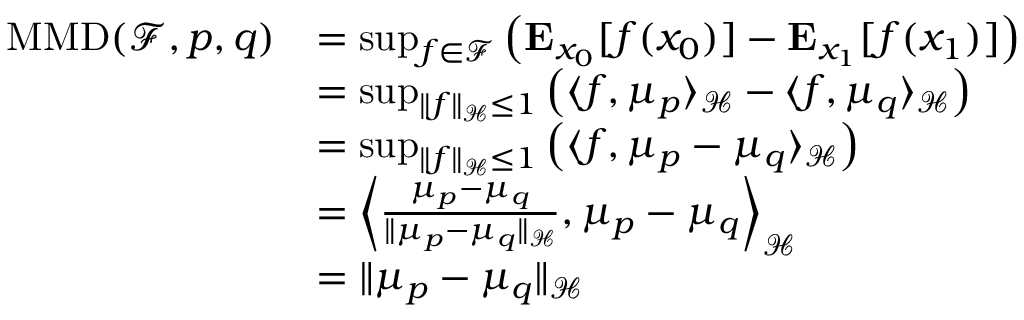
\begin{array} { r l } { \mathrm { M M D } ( \mathcal { F } , p , q ) } & { = \operatorname* { s u p } _ { f \in \mathcal { F } } \left( \mathbf { E } _ { x _ { 0 } } [ f ( x _ { 0 } ) ] - \mathbf { E } _ { x _ { 1 } } [ f ( x _ { 1 } ) ] \right) } \\ & { = \operatorname* { s u p } _ { \| f \| _ { \mathcal { H } } \leq 1 } \left( \langle f , \mu _ { p } \rangle _ { \mathcal { H } } - \langle f , \mu _ { q } \rangle _ { \mathcal { H } } \right) } \\ & { = \operatorname* { s u p } _ { \| f \| _ { \mathcal { H } } \leq 1 } \left( \langle f , \mu _ { p } - \mu _ { q } \rangle _ { \mathcal { H } } \right) } \\ & { = \left\langle \frac { \mu _ { p } - \mu _ { q } } { \| \mu _ { p } - \mu _ { q } \| _ { \mathcal { H } } } , \mu _ { p } - \mu _ { q } \right\rangle _ { \mathcal { H } } } \\ & { = \| \mu _ { p } - \mu _ { q } \| _ { \mathcal { H } } } \end{array}